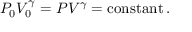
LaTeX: P _ { 0 } V _ { 0 } ^ { \gamma } = P V ^ { \gamma } = \operatorname { c o n s t a n t } .